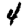
Digit: 4